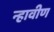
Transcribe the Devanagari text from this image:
न्हावीण